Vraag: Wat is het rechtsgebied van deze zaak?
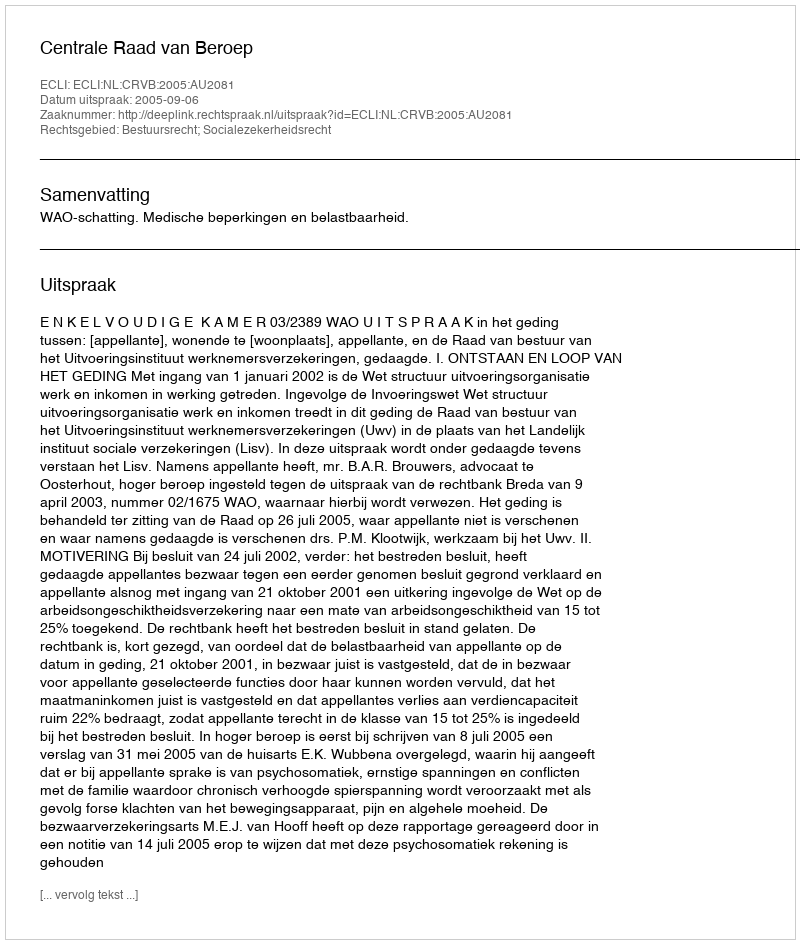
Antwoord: Bestuursrecht; Socialezekerheidsrecht